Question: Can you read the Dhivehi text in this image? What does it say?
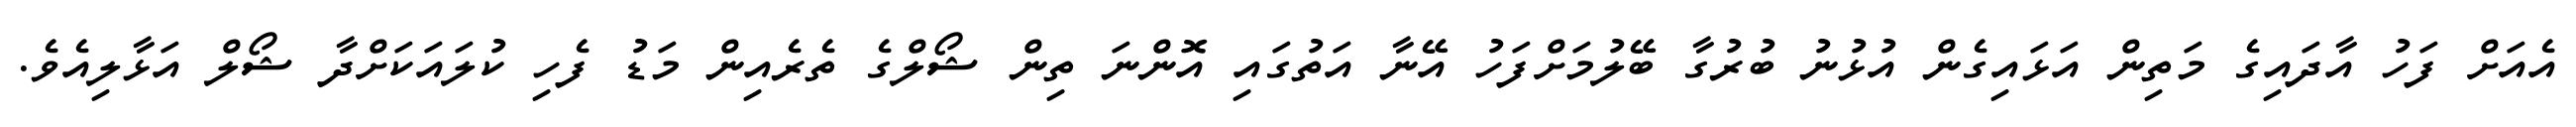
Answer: އެއަށް ފަހު އާދައިގެ މަތިން އަޅައިގެން އުޅުނު ބުރުގާ ބޭލުމަށްފަހު އޭނާ އަތުގައި އޮންނަ ތިން ޝޯލްގެ ތެރެއިން މަޑު ފެހި ކުލައަކަށްދާ ޝޯލް އަޅާލިއެވެ.